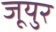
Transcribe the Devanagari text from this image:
जूयुर